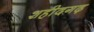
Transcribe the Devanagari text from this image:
शहीदगढ़